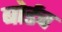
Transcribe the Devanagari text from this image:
बोर्डच